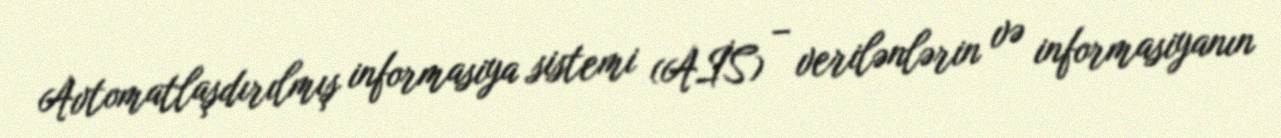
Avtomatlaşdırılmış informasiya sistemi (AİS) − verilənlərin və informasiyanın